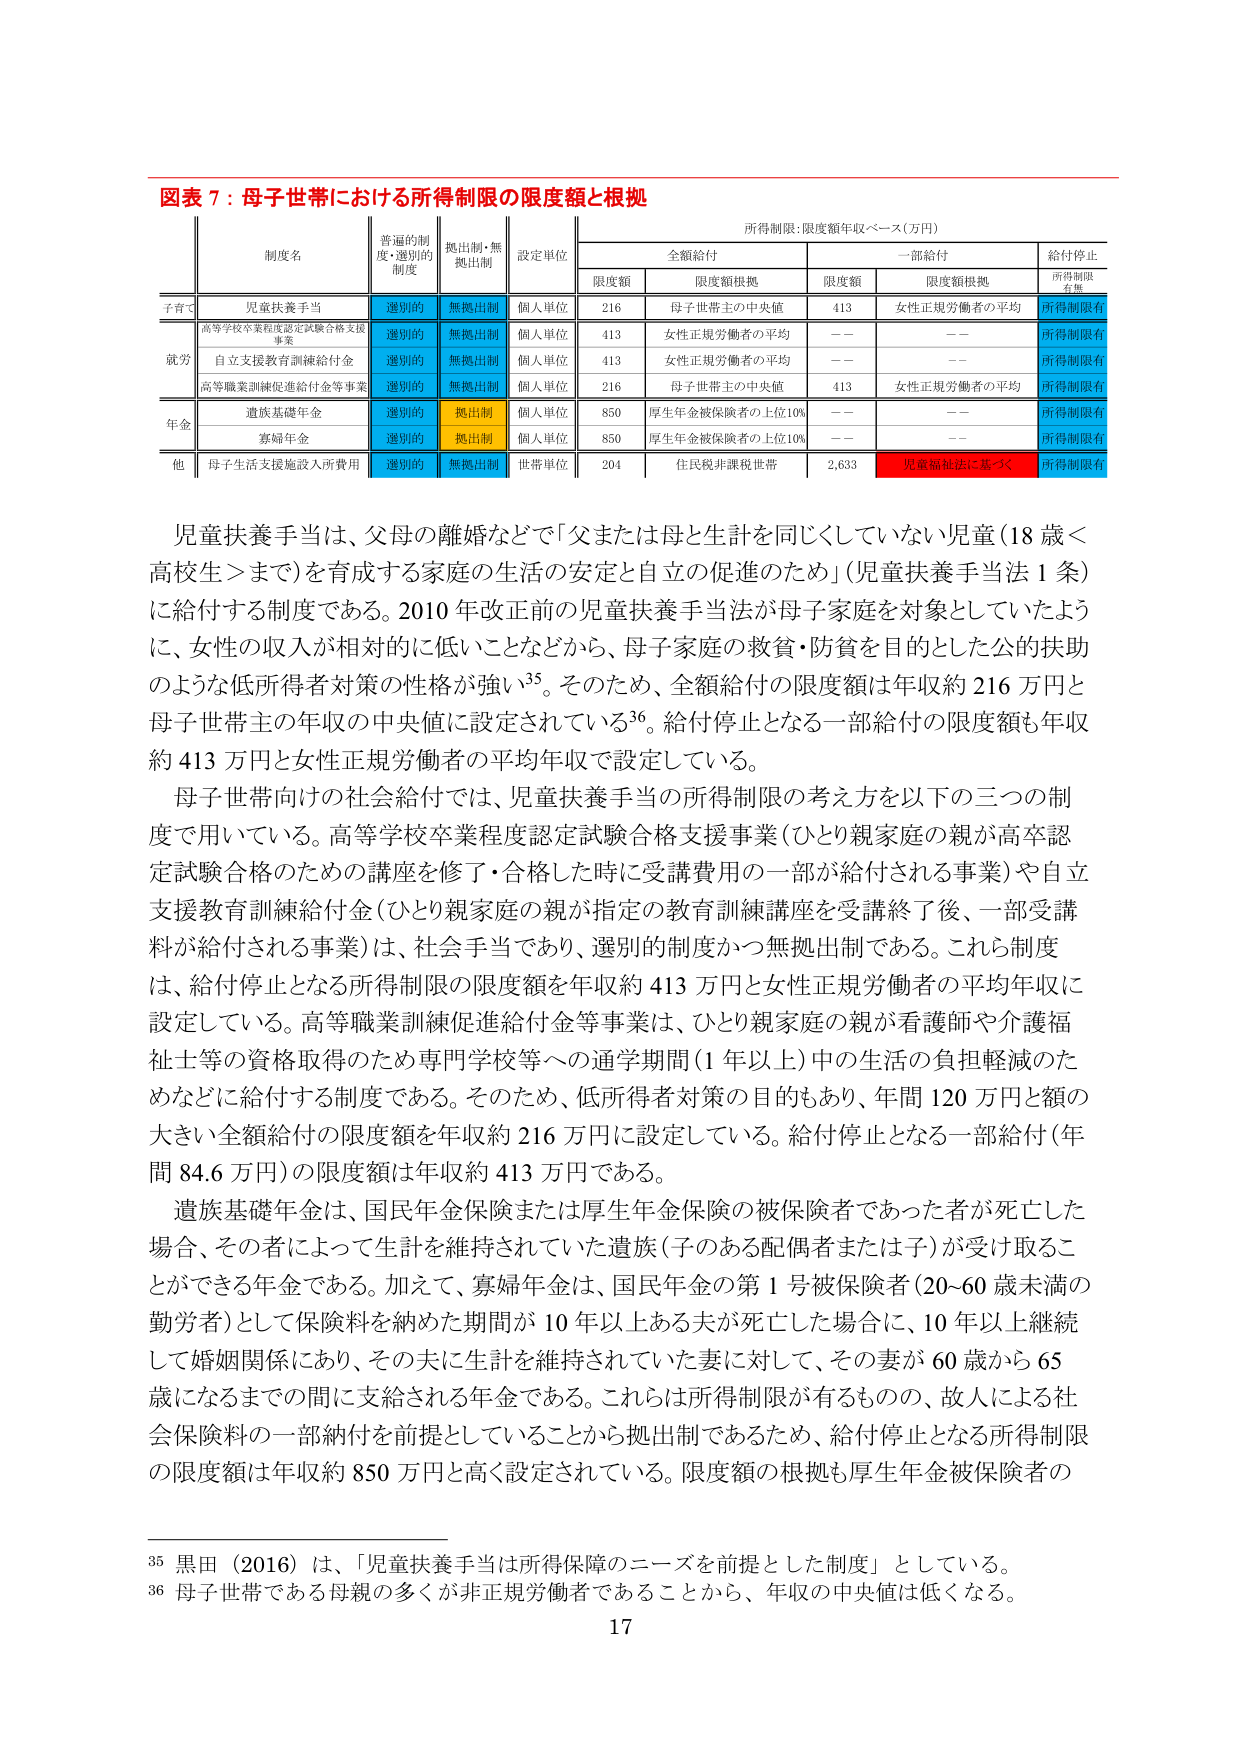
図表７：母子世帯における所得制限の限度額と根拠

所得制限：限度額年収ベース（万円）

| 制度名 | 普遍的制度・選別的制度 | 拠出制・無拠出制 | 設定単位 | 全額給付 | 一部給付 | 給付停止 |
|--------|------------------------|------------------|----------|----------|----------|----------|
|        |                        |                  |          | 限度額   | 限度額根拠 | 限度額   | 限度額根拠 | 所得制限有無 |
| 子育て | 児童扶養手当           | 選別的           | 無拠出制 | 個人単位 | 216      | 母子世帯主の中央値 | 413      | 女性正規労働者の平均 | 所得制限有 |
| 就労   | 高等学校卒業程度認定試験合格支援事業 | 選別的           | 無拠出制 | 個人単位 | 413      | 女性正規労働者の平均 | ——       | ——                 | 所得制限有 |
|        | 自立支援教育訓練給付金 | 選別的           | 無拠出制 | 個人単位 | 413      | 女性正規労働者の平均 | ——       | ——                 | 所得制限有 |
|        | 高等職業訓練促進給付金等事業 | 選別的           | 無拠出制 | 個人単位 | 216      | 母子世帯主の中央値 | 413      | 女性正規労働者の平均 | 所得制限有 |
| 年金   | 遺族基礎年金           | 選別的           | 拠出制   | 個人単位 | 850      | 厚生年金被保険者の上位10% | ——       | ——                 | 所得制限有 |
|        | 寡婦年金               | 選別的           | 拠出制   | 個人単位 | 850      | 厚生年金被保険者の上位10% | ——       | ——                 | 所得制限有 |
| 他     | 母子生活支援施設入所費用 | 選別的           | 無拠出制 | 世帯単位 | 204      | 住民税非課税世帯 | 2,633    | 児童福祉法に基づく | 所得制限有 |

児童扶養手当は、父母の離婚などで「父または母と生計を同じくしていない児童（18歳＜高校生＞まで）を育成する家庭の生活の安定と自立の促進のため」（児童扶養手当法1条）に給付する制度である。2010年改正前の児童扶養手当法が母子家庭を対象としていたように、女性の収入が相対的に低いことなどから、母子家庭の救貧・防貧を目的とした公的扶助のような低所得者対策的性格が強い35。そのため、全額給付の限度額は年収約216万円と母子世帯主の年収の中央値に設定されている36。給付停止となる一部給付の限度額も年収約413万円と女性正規労働者の平均年収で設定している。

母子世帯向けの社会給付では、児童扶養手当の所得制限の考え方を以下の三つの制度で用いている。高等学校卒業程度認定試験合格支援事業（ひとり親家庭の親が高卒認定試験合格のための講座を修了・合格した時に受講費用の一部が給付される事業）や自立支援教育訓練給付金（ひとり親家庭の親が指定の教育訓練講座を受講終了後、一部受講料が給付される事業）は、社会手当であり、選別的制度かつ無拠出制である。これら制度は、給付停止となる所得制限の限度額を年収約413万円と女性正規労働者の平均年収に設定している。高等職業訓練促進給付金等事業は、ひとり親家庭の親が看護師や介護福祉士等の資格取得のため専門学校等への通学期間（1年以上）中の生活の負担軽減のためなどに給付する制度である。そのため、低所得者対策の目的もあり、年間120万円と額の大きい全額給付の限度額を年収約216万円に設定している。給付停止となる一部給付（年間84.6万円）の限度額は年収約413万円である。

遺族基礎年金は、国民年金保険または厚生年金保険の被保険者であった者が死亡した場合、その者によって生計を維持されていた遺族（子のある配偶者または子）が受け取ることができる年金である。加えて、寡婦年金は、国民年金の第1号被保険者（20-60歳未満の勤労者）として保険料を納めた期間が10年以上ある夫が死亡した場合に、10年以上継続して婚姻関係にあり、その夫に生計を維持されていた妻に対して、その妻が60歳から65歳になるまでの間に支給される年金である。これらは所得制限が有るもので、故人による社会保険料の一部納付を前提としていることから拠出制であるため、給付停止となる所得制限の限度額は年収約850万円と高く設定されている。限度額の根拠も厚生年金被保険者の

35 黒田（2016）は、「児童扶養手当は所得保障のニーズを前提とした制度」としている。
36 母子世帯である母親の多くが非正規労働者であることから、年収の中央値は低くなる。

17